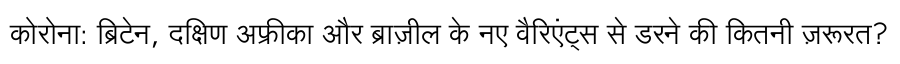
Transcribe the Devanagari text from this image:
कोरोना: ब्रिटेन, दक्षिण अफ्रीका और ब्राज़ील के नए वैरिएंट्स से डरने की कितनी ज़रूरत?